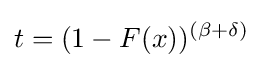
t=(1-F(x))^{(\beta +\delta )}